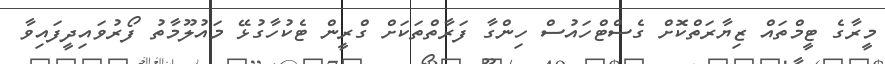
މީރާގެ ޓީމްތައް ޒިޔާރަތްކޮށް ގެސްޓްހައުސް ހިންގާ ފަރާތްތަކަށް ގްރީން ޓެކުހާގުޅޭ މައުލޫމާތު ފޯރުވައިދީފައިވާ